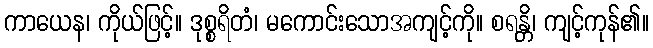
ကာယေန၊ ကိုယ်ဖြင့်။ ဒုစ္စရိတံ၊ မကောင်းသောအကျင့်ကို။ စရန္တိ၊ ကျင့်ကုန်၏။